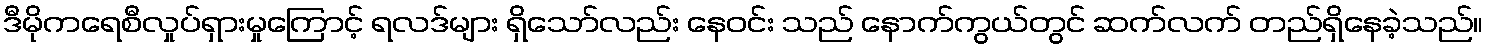
ဒီမိုကရေစီလှုပ်ရှားမှုကြောင့် ရလဒ်များ ရှိသော်လည်း နေဝင်း သည် နောက်ကွယ်တွင် ဆက်လက် တည်ရှိနေခဲ့သည်။